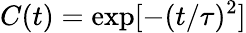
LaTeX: C(t)=\mathrm{exp}[-(t/\tau)^{2}]